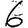
Digit: 6